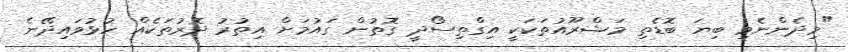
"މިދެންނެވި ބިޔަ ބޮޑެތި މަޝްރޫއުތަކަކީ އިގްތިސޯދީ ގޮތުން ގައުމަށް އިތުރު ދޮރުތަކެއް ހުޅުވައިދޭނެ